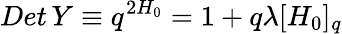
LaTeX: Det\, Y\equiv q^{2H_{0}}=1+q\lambda[H_{0}]_{q}